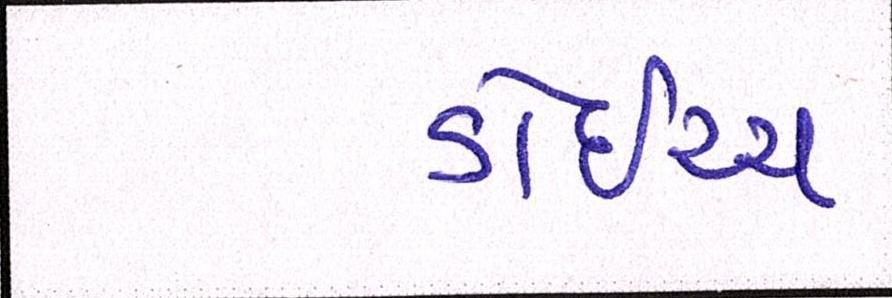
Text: ડોઇચ્ચ